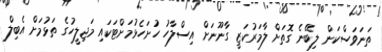
ތަނަވަސްކަން ލިބޭނެ ގޮތަށް ލާމަރުކަޒީ ގާނޫނަށް އިސްލާހު ހުށަހެޅުމަށްޓަކައި މަޖިލީހުގެ ތަޅުމަށް އެބިލް